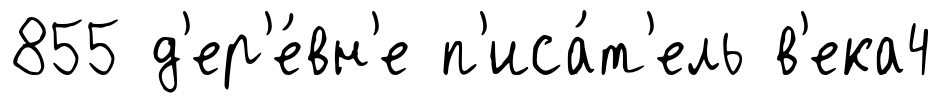
855 д'ер'е́вн'е п'иса́т'ель в'ека4